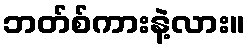
ဘတ်စ်ကားနဲ့လား။